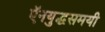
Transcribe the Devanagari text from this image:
ऍनयुद्धसमयी